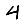
Digit: 4